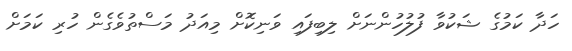
ހަދާ ކަމުގެ ޝަކުވާ ފުލުހުންނަށް ލިބިފައި ވަނިކޮށް މިއަދު މަސްތުވެގެން ހުރި ކަމަށް